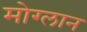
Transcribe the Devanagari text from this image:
मोग्लान